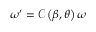
\begin{array} { r } { \omega ^ { \prime } = \mathcal { C } \left( \beta , \theta \right) \omega } \end{array}